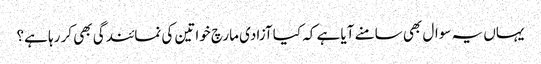
یہاں یہ سوال بھی سامنے آیا ہے کہ کیا آزادی مارچ خواتین کی نمائندگی بھی کر رہا ہے؟